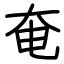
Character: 奄